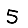
Digit: 5